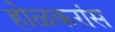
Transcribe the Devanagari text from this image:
होळकरांस